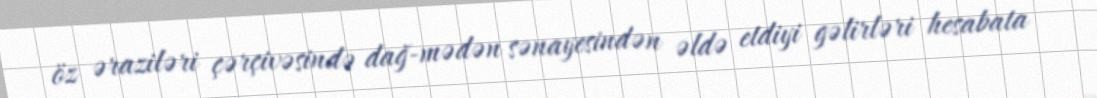
öz əraziləri çərçivəsində dağ-mədən sənayesindən əldə etdiyi gəlirləri hesabata